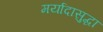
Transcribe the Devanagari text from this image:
मर्यादासुद्धा